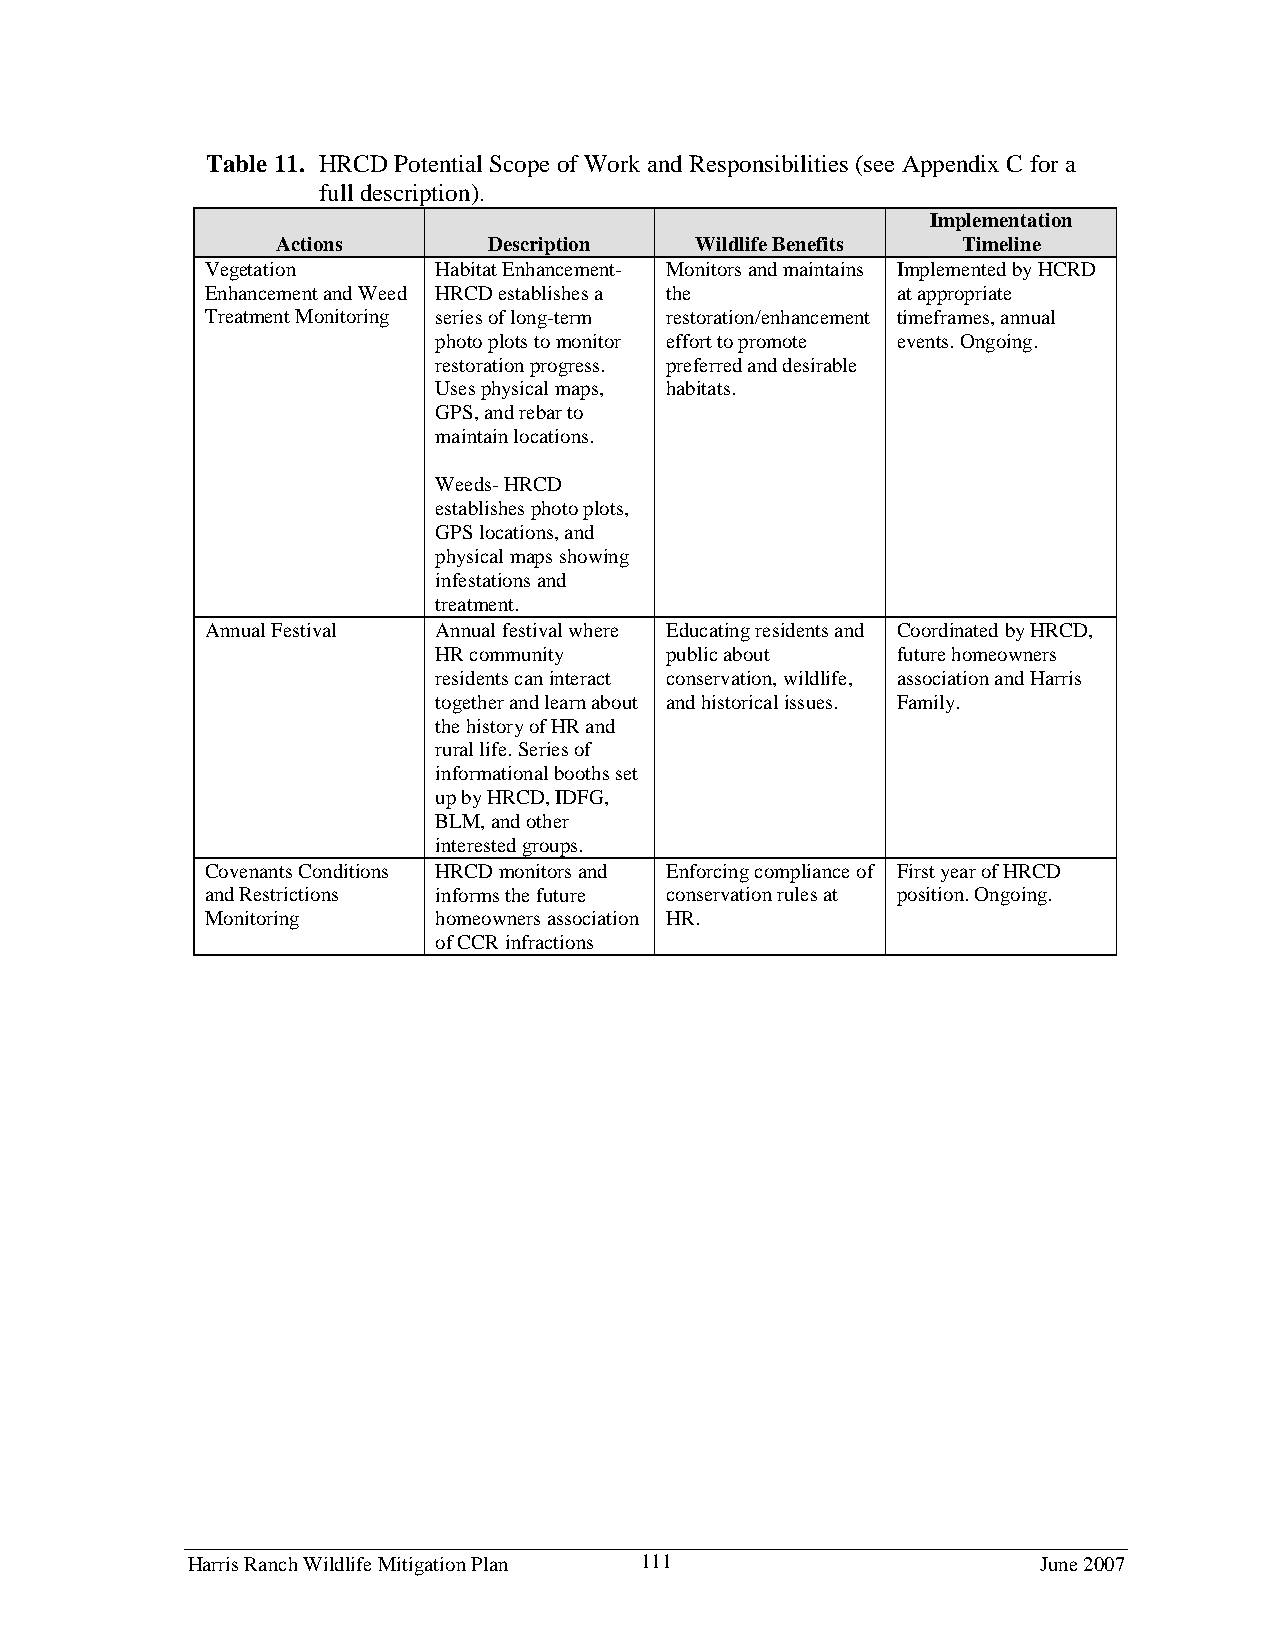
Table 11. HRCD Potential Scope of Work and Responsibilities (see Appendix C for a
 full description).
 Implementation
 Actions       Description   Wildlife Benefits Timeline
 Vegetation     Habitat Enhancement- Monitors and maintains Implemented by HCRD
 Enhancement and Weed HRCD establishes a the  at appropriate
 Treatment Monitoring series of long-term restoration/enhancement timeframes, annual
 photo plots to monitor effort to promote events. Ongoing.
 restoration progress. preferred and desirable
 Uses physical maps, habitats.
 GPS, and rebar to
 maintain locations.
 Weeds- HRCD
 establishes photo plots,
 GPS locations, and
 physical maps showing
 infestations and
 treatment.
 Annual Festival Annual festival where Educating residents and Coordinated by HRCD,
 HR community   public about   future homeowners
 residents can interact conservation, wildlife, association and Harris
 together and learn about and historical issues. Family.
 the history of HR and
 rural life. Series of
 informational booths set
 up by HRCD, IDFG,
 BLM, and other
 interested groups.
 Covenants Conditions HRCD monitors and Enforcing compliance of First year of HRCD
 and Restrictions informs the future conservation rules at position. Ongoing.
 Monitoring     homeowners association HR.
 of CCR infractions
 Harris Ranch Wildlife Mitigation Plan 111                June 2007